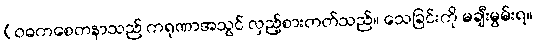
(ဝဓကစေတနာသည် ကရုဏာအသွင် လှည့်စားတတ်သည်။ သေခြင်းကို မချီးမွမ်းရ။